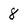
Character: 8